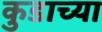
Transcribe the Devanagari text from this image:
कुडाच्या